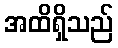
အထိရှိသည်